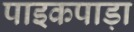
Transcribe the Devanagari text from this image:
पाइकपाड़ा